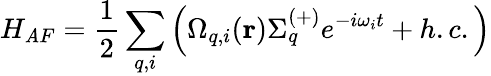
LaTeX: H_{\mathit{A}F}=\frac{{1}}{{2}}\sum_{q,i}\left(\Omega_{q,i}(\mathbf{{r}})\Sigma_{q}^{(+)}e^{-i\omega_{i}t}+h.c.\right)